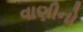
વાણીનો